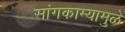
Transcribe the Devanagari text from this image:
सांगकाम्यामुळे